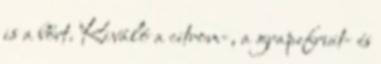
is a bőrt. Kiváló a citrom-, a grapefruit- és